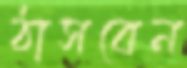
ঠাসবেন